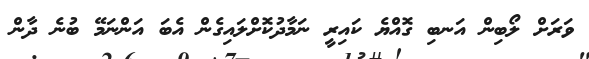
ވަރަށް ލޯބިން އަނބި ގޮއްޔެ ކައިރީ ނަމާދުކޮށްލައިގެން އެބަ އަންނަމޭ ބުނެ ދާން